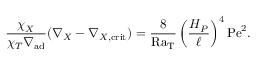
{ \frac { \chi _ { X } } { \chi _ { T } \nabla _ { \mathrm { a d } } } } ( \nabla _ { X } - \nabla _ { X , \mathrm { c r i t } } ) = { \frac { 8 } { \mathrm { R a _ { T } } } } \left( { \frac { H _ { P } } { \ell } } \right) ^ { 4 } \mathrm { P e } ^ { 2 } .